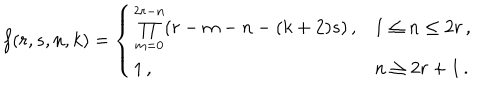
f ( r , s , n , k ) = \left\{ \begin{array} { l l } { { \prod _ { m = 0 } ^ { 2 r - n } ( r - m - n - ( k + 2 ) s ) \, , } } & { { 1 \leq n \leq 2 r \, , } } \\ { { 1 \, , } } & { { n \geq 2 r + 1 \, . } } \\ \end{array} \right.